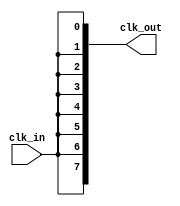
module HighFanoutClockBuffer (
    input wire clk_in,               // Input clock signal
    output wire [NUM_OUTPUTS-1:0] clk_out // Array of output clock signals
);

    parameter NUM_OUTPUTS = 8;       // Parameter for number of outputs

    // Internal signal to sample the input clock
    wire clk_sample;

    // Clock buffer instance - replicating the input clock
    generate
        genvar i;
        for (i = 0; i < NUM_OUTPUTS; i = i + 1) begin : clock_buffer
            // Buffer to strengthen the clock signal
            assign clk_out[i] = clk_in; // Simple assignment; can be replaced with actual buffer logic
        end
    endgenerate

endmodule